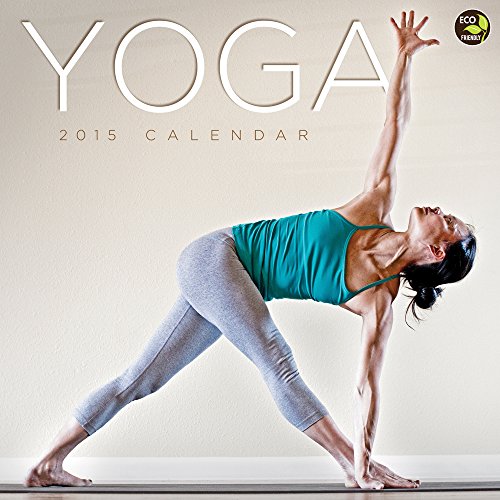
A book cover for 2015 Yoga   Wall Calendar; TF PUBLISHING; Calendars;